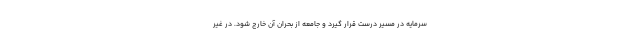
سرمایه در مسیر درست قرار گیرد و جامعه از بحران آن خارج شود. در غیر